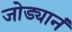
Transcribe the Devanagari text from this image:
जोड्यानं